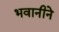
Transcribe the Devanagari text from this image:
भवानीने